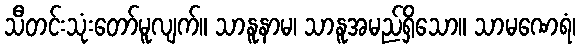
သီတင်းသုံးတော်မူလျက်။ သာနူနာမ၊ သာနူအမည်ရှိသော။ သာမဏေရံ၊